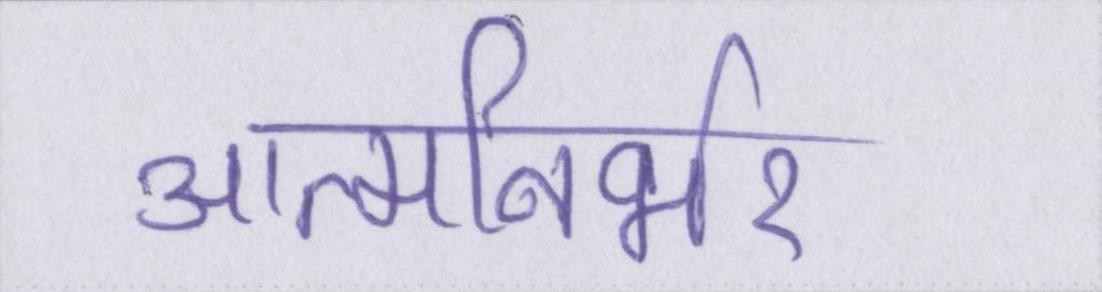
आत्मनिर्भर